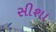
સીશા